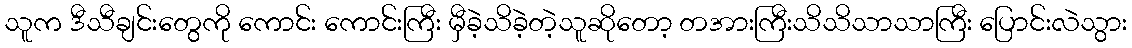
သူက ဒီသီချင်းတွေကို ကောင်း ကောင်းကြီး မှီခဲ့သိခဲ့တဲ့သူဆိုတော့ တအားကြီးသိသိသာသာကြီး ပြောင်းလဲသွား